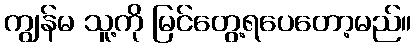
ကျွန်မ သူ့ကို မြင်တွေ့ရပေတော့မည်။